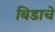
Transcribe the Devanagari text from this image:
बिडाचे